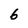
Character: 6